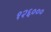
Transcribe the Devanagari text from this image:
१२६०००